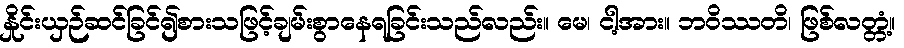
နှိုင်းယှဉ်ဆင်ခြင်၍စားသဖြင့်ချမ်းစွာနေရခြင်းသည်လည်း။ မေ၊ ငါ့အား။ ဘဝိဿတိ၊ ဖြစ်လတ္တံ့။